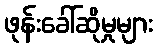
ဖုန်းခေါ်ဆိုမှုများ